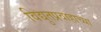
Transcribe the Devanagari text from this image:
विद्युतप्रवाहाच्या